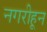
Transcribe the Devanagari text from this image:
नगरीहून